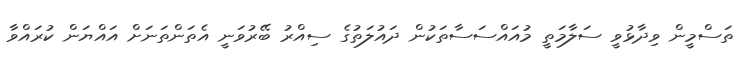
ތަސްމީން ވިދާޅުވީ ސަލާމަތީ މުއައްސަސާތަކުން ދައުލަތުގެ ސިއްރު ބޭރުވަނީ އެތަންތަނަށް އައްޔަން ކުރައްވާ